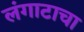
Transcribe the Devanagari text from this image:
लंगाटाचा